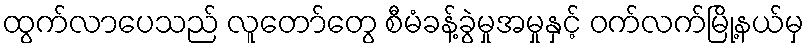
ထွက်လာပေသည် လူတော်တွေ စီမံခန့်ခွဲမှုအမှုနှင့် ဝက်လက်မြို့နယ်မှ